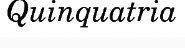
Quinquatria